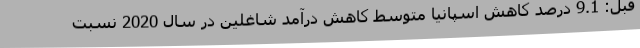
قبل: 9.1 درصد کاهش اسپانیا متوسط کاهش درآمد شاغلین در سال 2020 نسبت